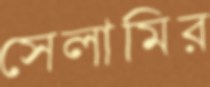
সেলামির